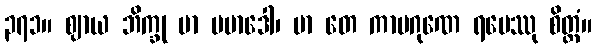
၃၇၁။ ဈာယ ဘိက္ခု မာ ပမာဒေါ၊ မာ တေ ကာမဂုဏေ ရမေဿု စိတ္တံ။